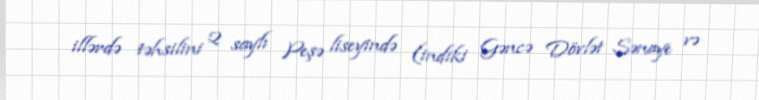
illərdə təhsilini 2 saylı Peşə liseyində (indiki Gəncə Dövlət Sənaye və